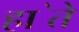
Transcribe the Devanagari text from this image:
हा॓ते